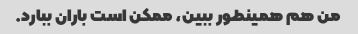
من هم همینطور ببین، ممکن است باران ببارد.